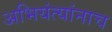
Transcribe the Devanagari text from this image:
अभियंत्यांनाच